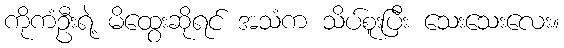
ကိုကံဦးရဲ့ မိထွေးဆိုရင် အသံက သိပ်စူးပြီး သေးသေးလေး။